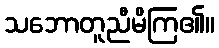
သဘောတူညီမိကြ၏။